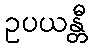
ဥပယန္တီ